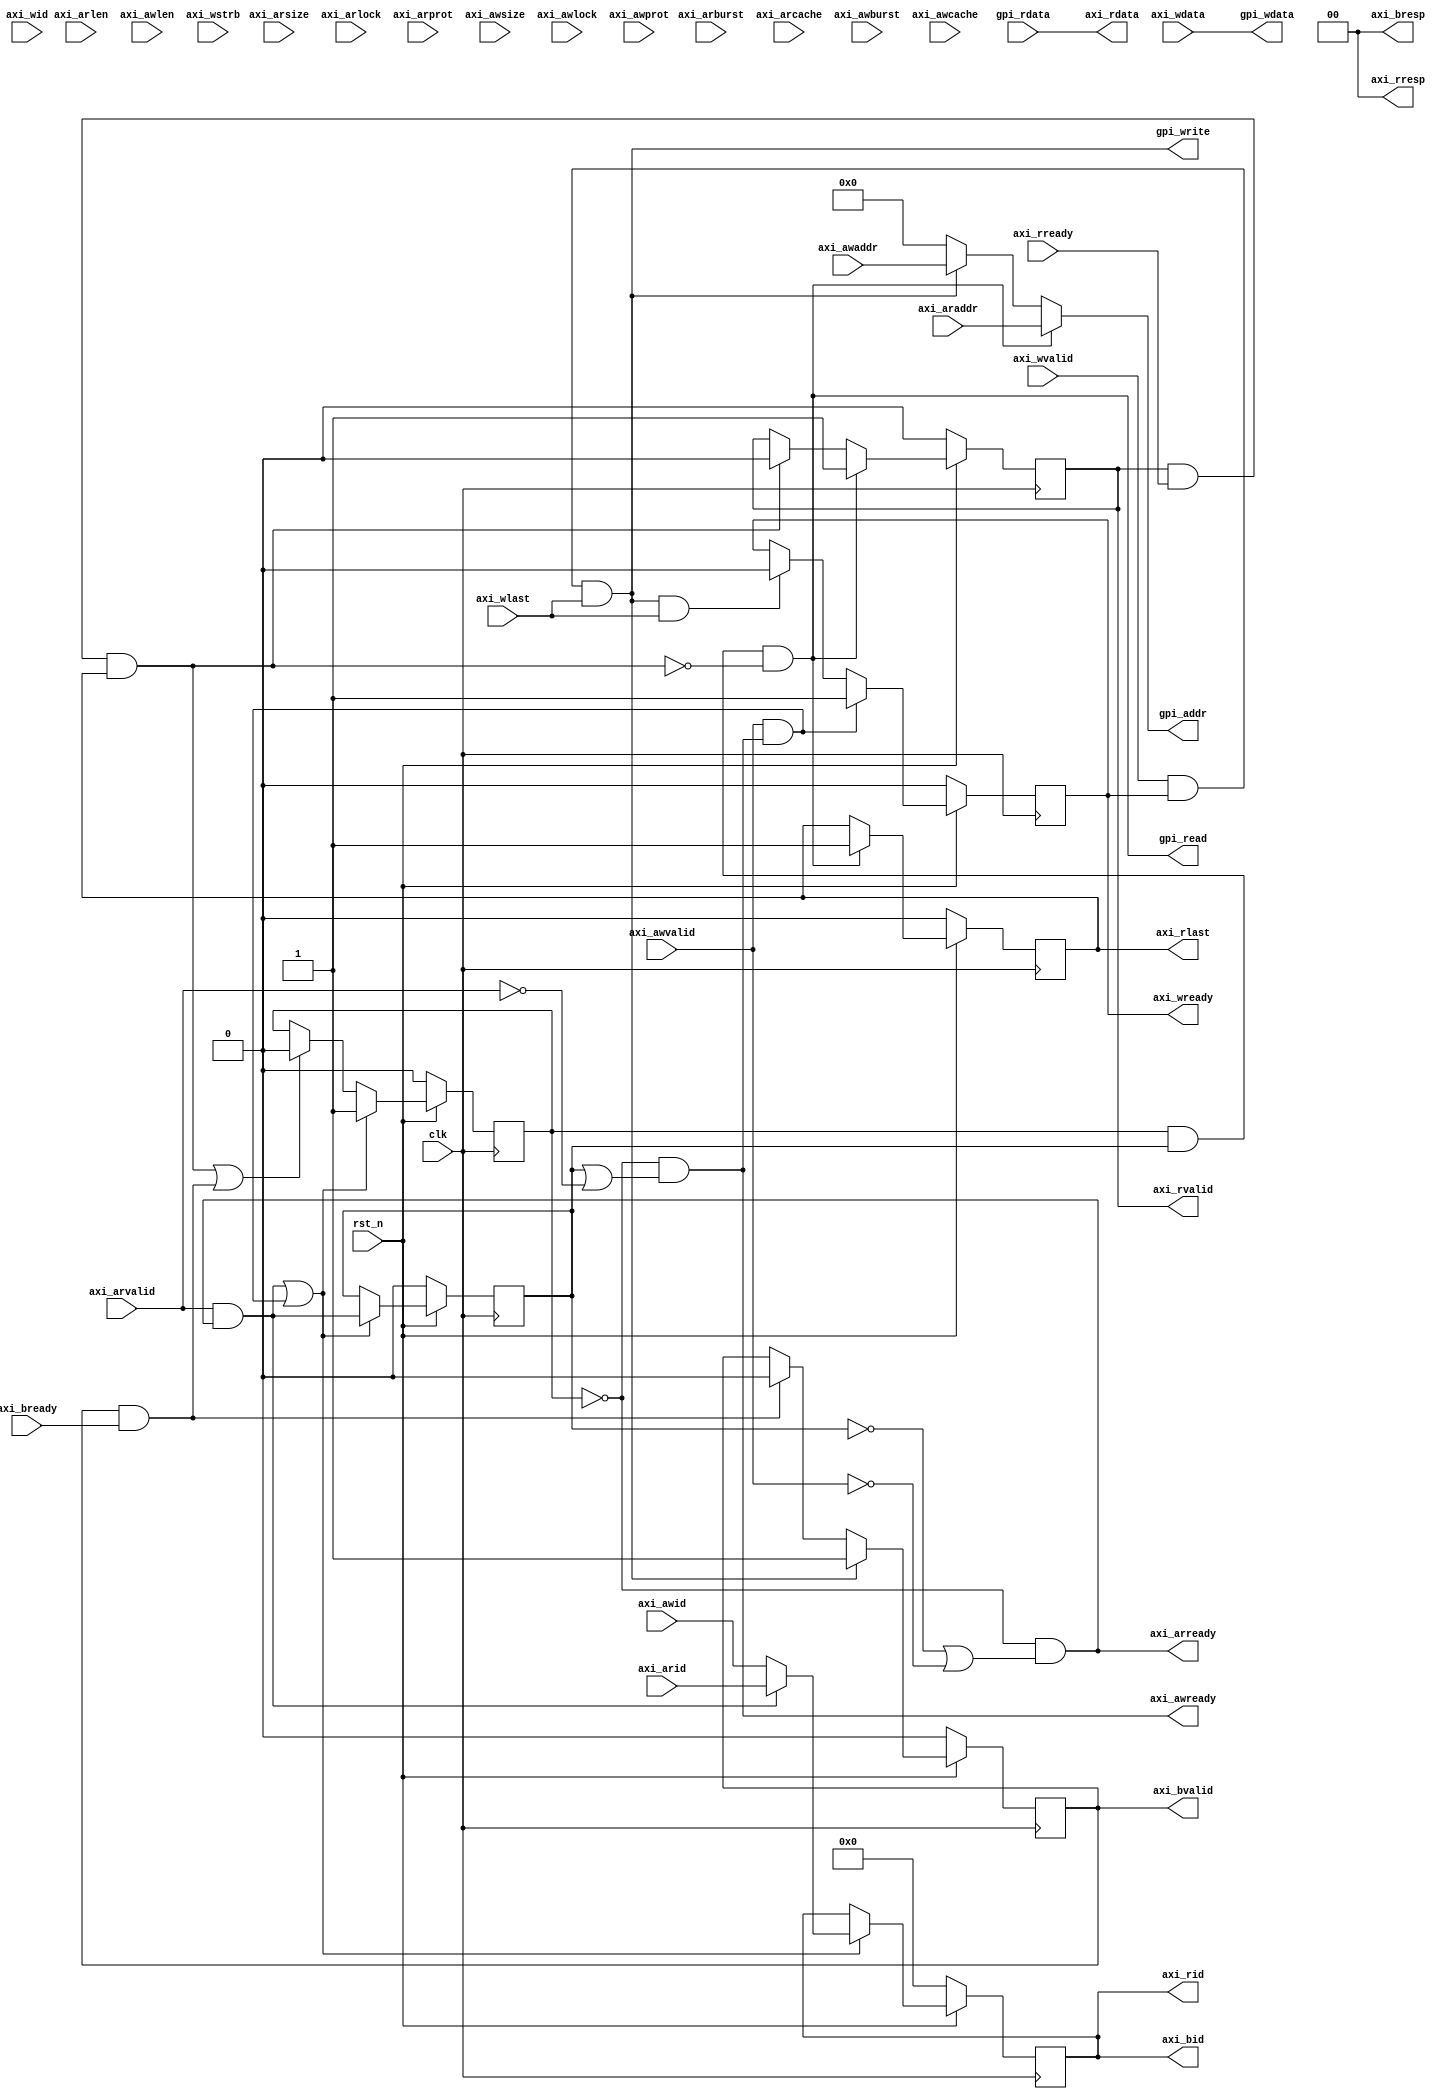
module AXIBridge(
  input           clk,
  input           rst_n,
  // AXI slave interface
  input   [5:0]   axi_arid,
  input   [31:0]  axi_araddr,
  input   [7:0]   axi_arlen,
  input   [2:0]   axi_arsize,
  input   [1:0]   axi_arburst,
  input   [1:0]   axi_arlock,
  input   [3:0]   axi_arcache,
  input   [2:0]   axi_arprot,
  input           axi_arvalid,
  output          axi_arready,
  output  [5:0]   axi_rid,
  output  [31:0]  axi_rdata,
  output  [1:0]   axi_rresp,
  output          axi_rlast,
  output          axi_rvalid,
  input           axi_rready,
  input   [5:0]   axi_awid,
  input   [31:0]  axi_awaddr,
  input   [7:0]   axi_awlen,
  input   [2:0]   axi_awsize,
  input   [1:0]   axi_awburst,
  input   [1:0]   axi_awlock,
  input   [3:0]   axi_awcache,
  input   [2:0]   axi_awprot,
  input           axi_awvalid,
  output          axi_awready,
  input   [5:0]   axi_wid,
  input   [31:0]  axi_wdata,
  input   [3:0]   axi_wstrb,
  input           axi_wlast,
  input           axi_wvalid,
  output          axi_wready,
  output  [5:0]   axi_bid,
  output  [1:0]   axi_bresp,
  output          axi_bvalid,
  input           axi_bready,
  // general peripheral interface
  output          gpi_read,
  output          gpi_write,
  output  [31:0]  gpi_addr,
  output  [31:0]  gpi_wdata,
  input   [31:0]  gpi_rdata
);

  reg busy, write, r_or_w;

  wire    ar_enter    = axi_arvalid & axi_arready;
  wire    r_retire    = axi_rvalid  & axi_rready & axi_rlast;
  wire    r_valid     = busy & r_or_w & !r_retire;
  wire    aw_enter    = axi_awvalid & axi_awready;
  wire    w_enter     = axi_wvalid  & axi_wready & axi_wlast;
  wire    b_retire    = axi_bvalid  & axi_bready;

  assign  axi_arready = ~busy & (!r_or_w | !axi_awvalid);
  assign  axi_awready = ~busy & ( r_or_w | !axi_arvalid);

  reg [5 :0]  buf_id;
  reg [31:0]  buf_addr;
  reg [7 :0]  buf_len;
  reg [2 :0]  buf_size;

  always @(posedge clk) begin
    if      (!rst_n             ) busy  <= 1'b0;
    else if (ar_enter | aw_enter) busy  <= 1'b1;
    else if (r_retire | b_retire) busy  <= 1'b0;
  end

  always @(posedge clk) begin
    if (!rst_n) begin
      r_or_w    <= 1'b0;
      buf_id    <= 6'b0;
      buf_addr  <= 32'h0;
      buf_len   <= 8'b0;
      buf_size  <= 3'b0;
    end
    else if (ar_enter | aw_enter) begin
      r_or_w    <= ar_enter;
      buf_id    <= ar_enter ? axi_arid   : axi_awid  ;
      buf_addr  <= ar_enter ? axi_araddr : axi_awaddr;
      buf_len   <= ar_enter ? axi_arlen  : axi_awlen ;
      buf_size  <= ar_enter ? axi_arsize : axi_awsize;
    end
  end

  reg wready_reg;
  assign  axi_wready  = wready_reg;
  always @(posedge clk) begin
    if      (!rst_n             ) wready_reg  <= 1'b0;
    else if (aw_enter           ) wready_reg  <= 1'b1;
    else if (w_enter & axi_wlast) wready_reg  <= 1'b0;
  end

  reg rvalid_reg;
  reg rlast_reg;
  assign  axi_rdata   = gpi_rdata;
  assign  axi_rvalid  = rvalid_reg;
  assign  axi_rlast   = rlast_reg;
  always @(posedge clk) begin
    if (!rst_n) begin
      rvalid_reg  <= 1'b0;
      rlast_reg   <= 1'b0;
    end
    else if (r_valid) begin
      rvalid_reg  <= 1'b1;
      rlast_reg   <= 1'b1;
    end
    else if (r_retire) begin
      rvalid_reg  <= 1'b0;
    end
  end

  reg bvalid_reg;
  assign  axi_bvalid  = bvalid_reg;
  always @(posedge clk) begin
    if      (!rst_n   ) bvalid_reg  <= 1'b0;
    else if (w_enter  ) bvalid_reg  <= 1'b1;
    else if (b_retire ) bvalid_reg  <= 1'b0;
  end

  assign  axi_rid     = buf_id;
  assign  axi_bid     = buf_id;
  assign  axi_bresp   = 2'b0;
  assign  axi_rresp   = 2'b0;

  assign  gpi_read    = r_valid;
  assign  gpi_write   = w_enter;
  assign  gpi_addr    = gpi_read ? axi_araddr :
                        gpi_write ? axi_awaddr : 32'h0;
  assign  gpi_wdata   = axi_wdata;

endmodule